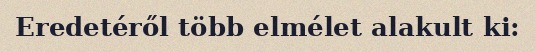
Eredetéről több elmélet alakult ki: